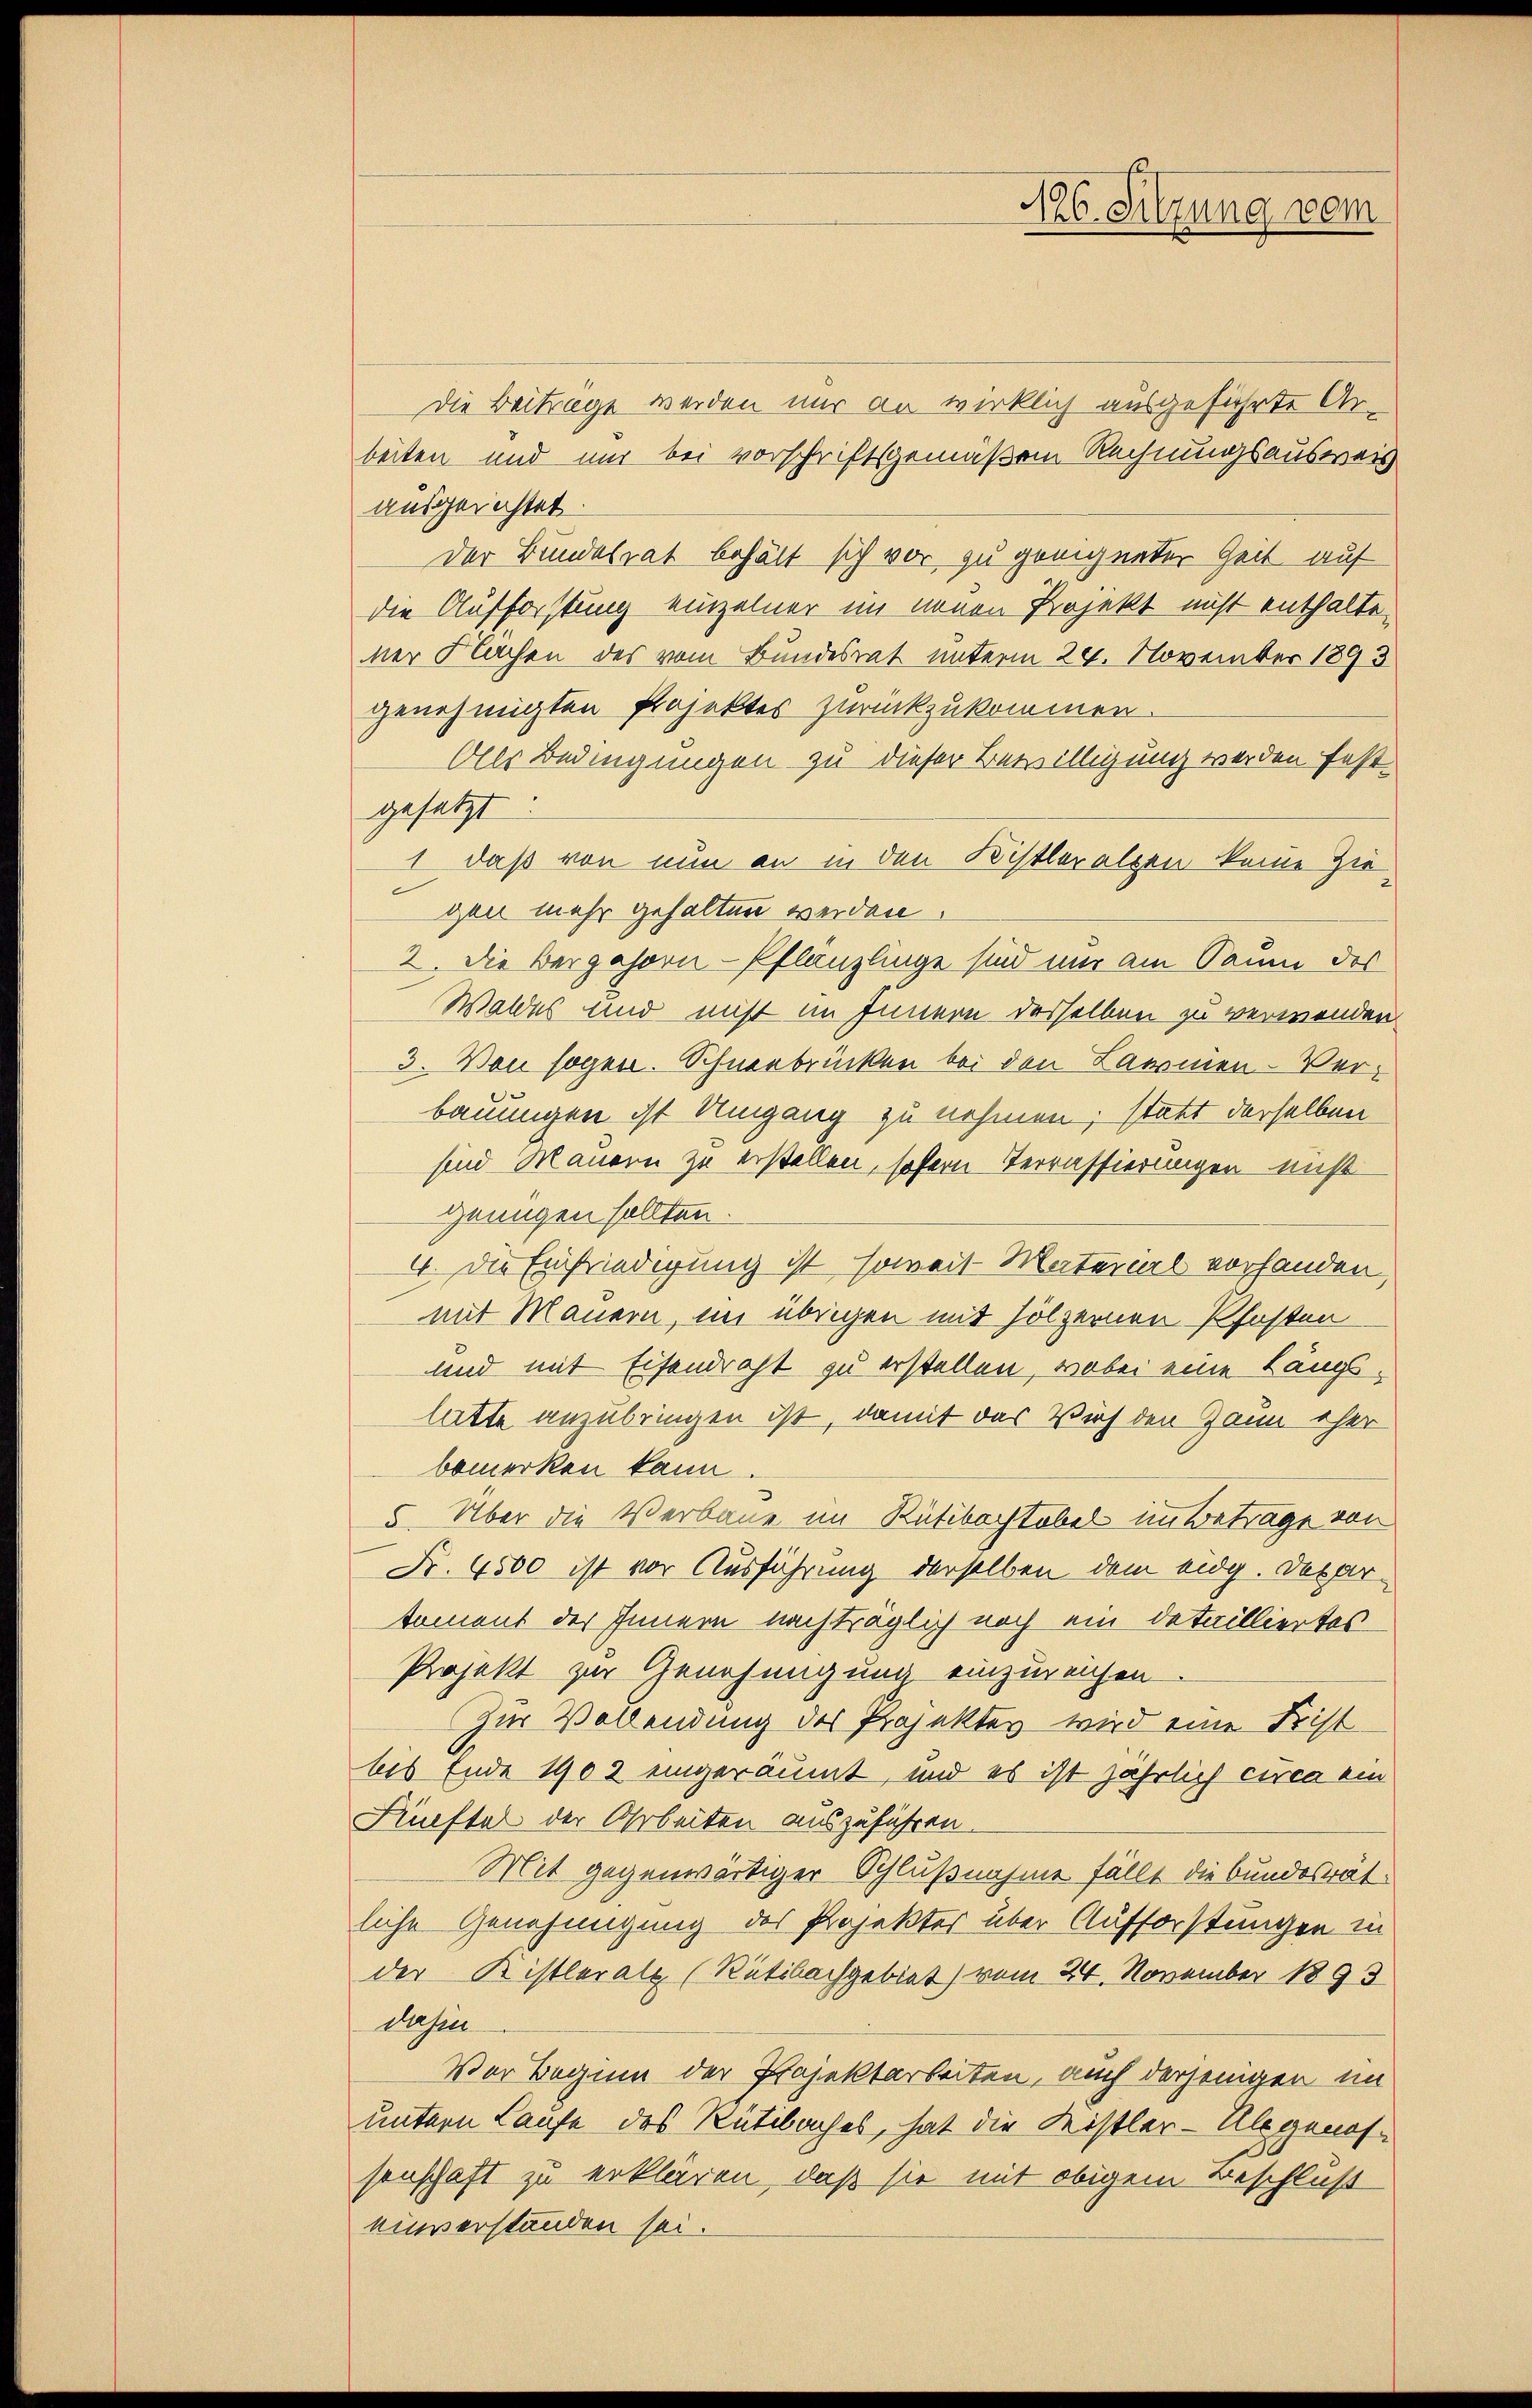
Die Beiträge werden nur an wirklich ausgeführte Arbeiten und nur bei vorschriftsgemäßen Rechnungsausweis
ausgerichtet.
der Bundesrat behält sich vor zu geeigneter Zeit auf
die Aufforstung einzelner im neuen Projekt nicht enthalten
ner Flächen des vom Bundesrat unterm 29. November 1893
genehmigten Projektes zurückzukommen.
Alls Bedingungen zu dieser Bewilligung werden festgesetzt.
1 daß von nun an in den Kistleralpen keine Ziegen mehr gehalten werden.
2. Die Bergehorn-Pflanzlinge sind nur am Saum des
Waldes und nicht im Innern desselben zu verwenden
3. Von sogen. Schneebrücken bei den Lammen-Verbauungen ist Umgang zu nehmen; statt derselben
sind Mauern zu erstellen, sofern Terrassierungen nicht
genügen sollten.
4. Die Einfriedigung ist, soweit Material vorhanden,
mit Mauern, im übrigen mit hölzernen Pfosten
und mit Eisendraht zu erstellen, wobei eine Längshatte anzubringen ist, damit das Vieh den Gaun eher
bemerken kann.
5. Über die Verbaue im Rütibachtobel im Beträge von
Nr. 4500 ist vor Ausführung derselben dem eidg. Depar-
tement des Innern nachträglich noch ein Detailliertes
Projekt zur Genehmigung einzureichen.
Zur Vollendung des Projektes wird eine Frist
bis Ende 1902 eingeräumt, und es ist jährlich circa ein
Fünftel der Arbeiten auszuführen.
Mit gegenwärtiger Schlußnahme fällt die bundesrät-
liche Genehmigung des Projekter über Aufforstungen in
der Kistleralp (Rütibachgebiet) vom 24. November 1893
Dasen
Vor Beginn der Projektarbeiten, auch derjenigen im
untern Laufe des Rütibaches, hat die Meistler-Ubgenos-
senschaft zu erklären, daß sie mit obigem Beschluß
einverstanden sei.

N86. Sitzung vom